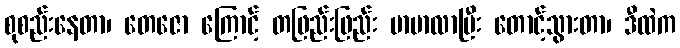
စုစည်းနေတာ၊ တေဇော ကြောင့် တဖြည်းဖြည်း မာမာလာပြီး တောင့်သွားတာ၊ ဒီထဲက